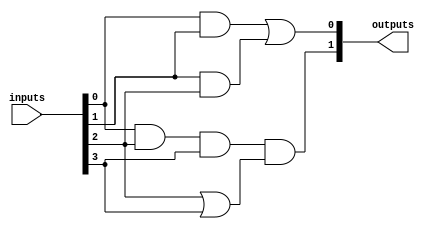
module FusedPAL (
    input  wire [N-1:0] inputs,         // N inputs
    output wire [M-1:0] outputs         // M outputs
);

    parameter N = 4;                    // Number of inputs
    parameter M = 2;                    // Number of outputs
    parameter P = 4;                    // Number of product terms

    // Product Term Generation (AND array)
    wire [P-1:0] product_terms;         // Product terms

    // Example fusing mechanism (fixed connections)
    assign product_terms[0] = inputs[0] & inputs[1];           // PT1: A AND B
    assign product_terms[1] = inputs[1] & inputs[2];           // PT2: B AND C
    assign product_terms[2] = inputs[0] & inputs[2] & inputs[3]; // PT3: A AND C AND D
    assign product_terms[3] = inputs[2] | inputs[3];           // PT4: C OR D

    // Fixed OR array to produce outputs
    assign outputs[0] = product_terms[0] | product_terms[1];   // Output Y1 = PT1 OR PT2
    assign outputs[1] = product_terms[2] & product_terms[3];   // Output Y2 = PT3 AND PT4

endmodule